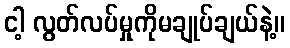
ငါ့ လွတ်လပ်မှုကိုမချုပ်ချယ်နဲ့။